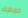
حمضك